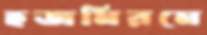
হজমিরমে